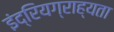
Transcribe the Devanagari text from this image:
इंद्रियग्राह्यता